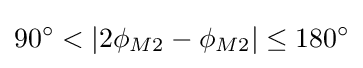
90^{\circ }<|2\phi _{M2}-\phi _{M2}|\leq 180^{\circ }